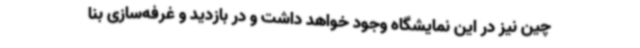
چین نیز در این نمایشگاه وجود خواهد داشت و در بازدید و غرفه‌سازی بنا